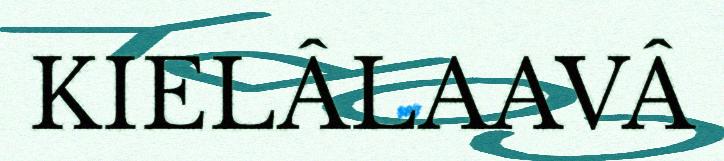
KIELÂLAAVÂ